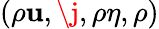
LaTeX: \left(\rho\mathbf{u},\j,\rho\eta,\rho\right)